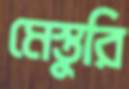
মেস্তুরি